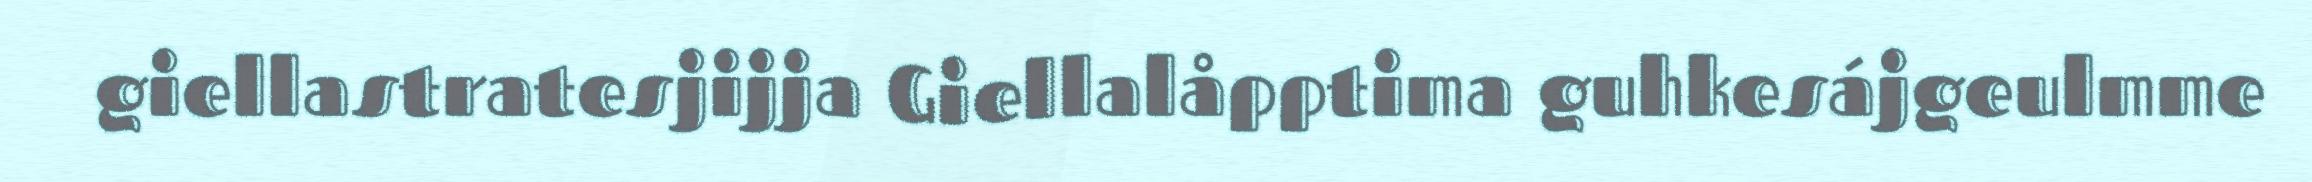
giellastratesjijja Giellalåpptima guhkesájgeulmme